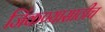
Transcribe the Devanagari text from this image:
जिंकण्यासाठीच